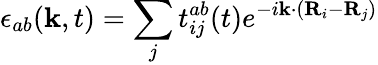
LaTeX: \epsilon_{ab}(\mathbf{k},t)=\sum_{j}t_{ij}^{ab}(t)e^{-i\mathbf{k}\cdot(\mathbf{R}_{i}-\mathbf{R}_{j})}